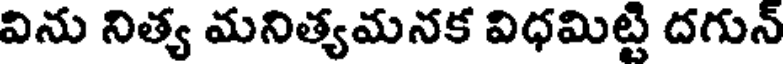
విను నిత్య మనిత్యమనక విధమిట్టి దగున్